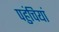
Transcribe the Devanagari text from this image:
पहुंचियां